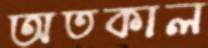
অতকাল